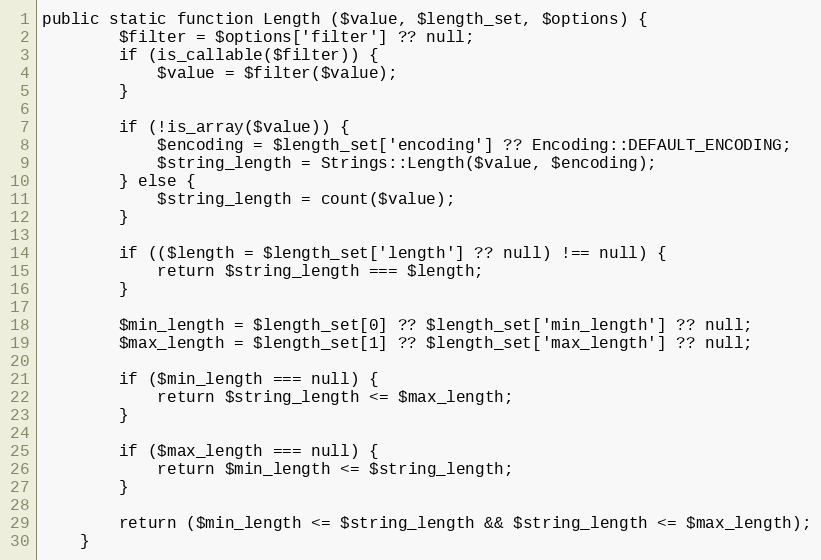
Language: PHP
public static function Length ($value, $length_set, $options) {
		$filter = $options['filter'] ?? null;
		if (is_callable($filter)) {
			$value = $filter($value);
		}

		if (!is_array($value)) {
			$encoding = $length_set['encoding'] ?? Encoding::DEFAULT_ENCODING;
			$string_length = Strings::Length($value, $encoding);
		} else {
			$string_length = count($value);
		}

		if (($length = $length_set['length'] ?? null) !== null) {
			return $string_length === $length;
		}

		$min_length = $length_set[0] ?? $length_set['min_length'] ?? null;
		$max_length = $length_set[1] ?? $length_set['max_length'] ?? null;

		if ($min_length === null) {
			return $string_length <= $max_length;
		}

		if ($max_length === null) {
			return $min_length <= $string_length;
		}

		return ($min_length <= $string_length && $string_length <= $max_length);
	}